画像に写った文字を読んでください
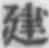
「建」と書いてあります